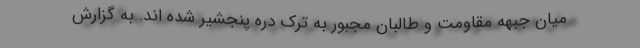
میان جبهه مقاومت و طالبان مجبور به ترک دره پنجشیر شده اند. به گزارش